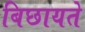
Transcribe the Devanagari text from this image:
बिछायते